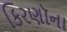
કિરણૉના